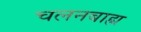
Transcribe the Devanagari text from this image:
चलनबाह्य